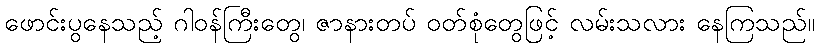
ဖောင်းပွနေသည့် ဂါဝန်ကြီးတွေ၊ ဇာနားတပ် ဝတ်စုံတွေဖြင့် လမ်းသလား နေကြသည်။